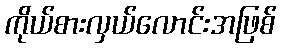
ကိုယ်စားလှယ်လောင်းအဖြစ်